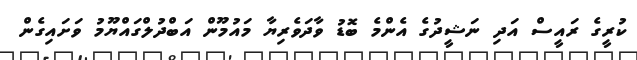
ކުރީގެ ރައީސް އަދި ނަޝީދުގެ އެންމެ ބޮޑު ވާދަވެރިޔާ މައުމޫން އަބްދުލްގައްޔޫމު ވަށައިގެން